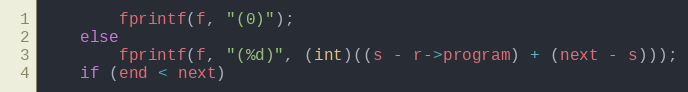
Language: C
	    fprintf(f, "(0)");
	else
	    fprintf(f, "(%d)", (int)((s - r->program) + (next - s)));
	if (end < next)